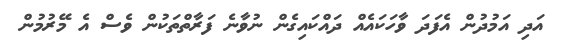
އަދި އަމުދުން އެފަދަ ވާހަކައެއް ދައްކައިގެން ނުވާނެ ފަރާތްތަކުން ވެސް އެ މޭރުމުން